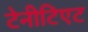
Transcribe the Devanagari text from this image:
टेनीटिएट